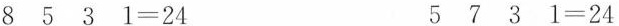
$$8 5 3 1 = 2 4$$ $$5 7 3 1 = 2 4$$